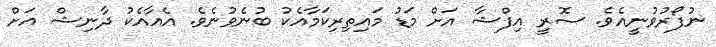
ނުފޯރުވުނީއެވެ. ސޮރީ އިފްޝާ އަށް މަޑު މައިތިރިކަމާއެކު ބުނެވުނެވެ. އެއާއެކު ދާނިޝް އަށް